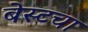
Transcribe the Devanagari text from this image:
बेस्टचा